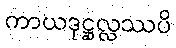
ကာယဒုဋ္ဌုလ္လဿပိ